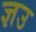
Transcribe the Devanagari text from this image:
ज्ञउ